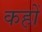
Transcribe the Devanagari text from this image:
कहोँ